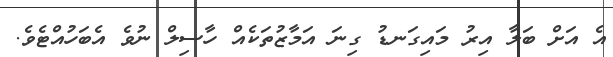
އެ އަށް ބަލާ އިރު މައިގަނޑު ގިނަ އަމާޒުތަކެއް ހާސިލް ނުވެ އެބަހުއްޓެވެ.